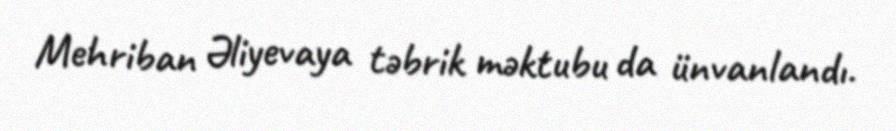
Mehriban Əliyevaya təbrik məktubu da ünvanlandı.